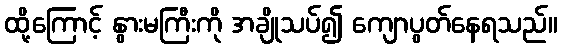
ထို့ကြောင့် နွားမကြီးကို အချိုသပ်၍ ကျောပွတ်နေရသည်။